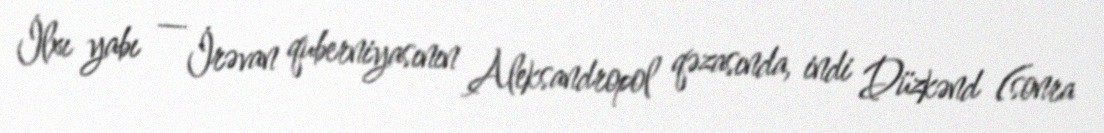
İlxı yabı — İrəvan quberniyasının Aleksandropol qəzasında, indi Düzkənd (sonra